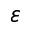
\varepsilon